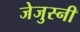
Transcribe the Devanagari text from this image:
जेजुस्नी